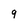
Character: 9